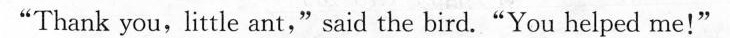
"Thank you, little ant," said the bird."You helped me！"